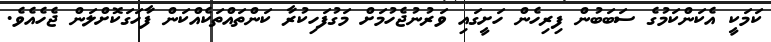
ކަމަކީ އެކަންކަމުގެ ސަބަބުން ފިރިހެން ހަށީގައި ވަރުނުޖެހުމަށް މަގުފަހިކުރާ ކަންތައްތަކެއްކަން ފާހަގަކޮށްލަން ޖެހެއެވެ.